Papers set at the Examination for Leaving Certificates, 1895
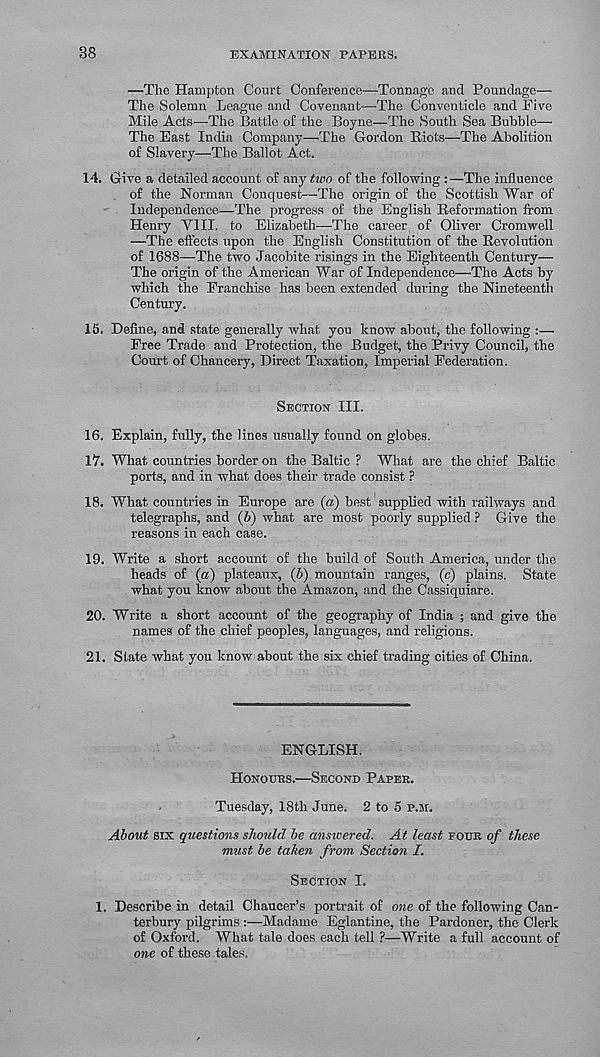
38
EXAMINATION PAPERS.
—The Hampton Court Conference—Tonnage and Poundage—■
The Solemn League and Covenant—The Conventicle and Five
Mile Acts-—The Battle of the Boyne—The South Sea Bubble—
The East India Company—The Gordon Biots—The Abolition
of Slavery—The Ballot Act.
14. Give a detailed account of any two of the following : —The influence
of the Norman Conquest—The origin of the Scottish War of
Independence—The progress of the English Beformation from
Henry VIII. to Elizabeth—The career of Oliver Cromwell
—The effects upon the English Constitution of the Eevolution
of 1688-—-The two Jacobite risings in the Eighteenth Century—
The origin of the American War of Independence—The Acts by
which the Franchise has been extended during the Nineteenth
Century.
15. Define, and state generally what you know about, the following :—
Free Trade and Protection, the Budget, the Privy Council, the
Court of Chancery, Direct Taxation, Imperial Federation.
Section III.
16. Explain, fully, the lines usually found on globes.
17. What countries border on the Baltic ? What are the chief Baltic
ports, and in what does their trade consist ?
18. What countries in Europe are (a) best supplied with railways and
telegraphs, and (6) what are most poorly supplied ? Give the
reasons in each case.
19. Write a short account of the build of South America, under the
heads of (a) plateaux, (b) mountain ranges, (c) plains. State
what you know about the Amazon, and the Cassiquiare.
20. Write a short account of the geography of India ; and give the
names of the chief peoples, languages, and religions.
21. State what you know about the six chief trading cities of China.
ENGLISH.
Honours.—Second Paper.
Tuesday, 18th June. 2 to 5 p.m.
About six questions should be answered. At least four of these
must be taken from Section I.
Section I.
1. Describe in detail Chaucer’s portrait of one of the following Can-
terbury pilgrims :—Madame Eglantine, the Pardoner, the Clerk
of Oxford. What tale does each tell ?—Write a full account of
one of these tales.